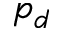
p _ { d }